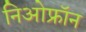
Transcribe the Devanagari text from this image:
निओफ्रॉन